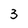
Character: 3